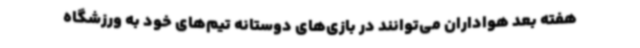
هفته بعد هواداران می‌توانند در بازی‌های دوستانه تیم‌های خود به ورزشگاه